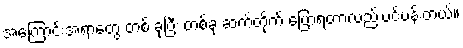
အကြောင်းအရာတွေ တစ် ခုပြီး တစ်ခု ဆက်တိုက် ပြောရတာလည်းပင်ပန်းတယ်။